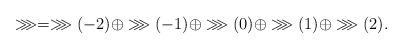
LaTeX: \begin{align*}\ggg=\ggg(-2)\oplus\ggg(-1)\oplus\ggg(0)\oplus\ggg(1)\oplus\ggg(2).\end{align*}